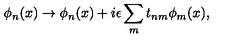
\phi _ { n } ( x ) \rightarrow \phi _ { n } ( x ) + i \epsilon \sum _ { m } t _ { n m } \phi _ { m } ( x ) ,